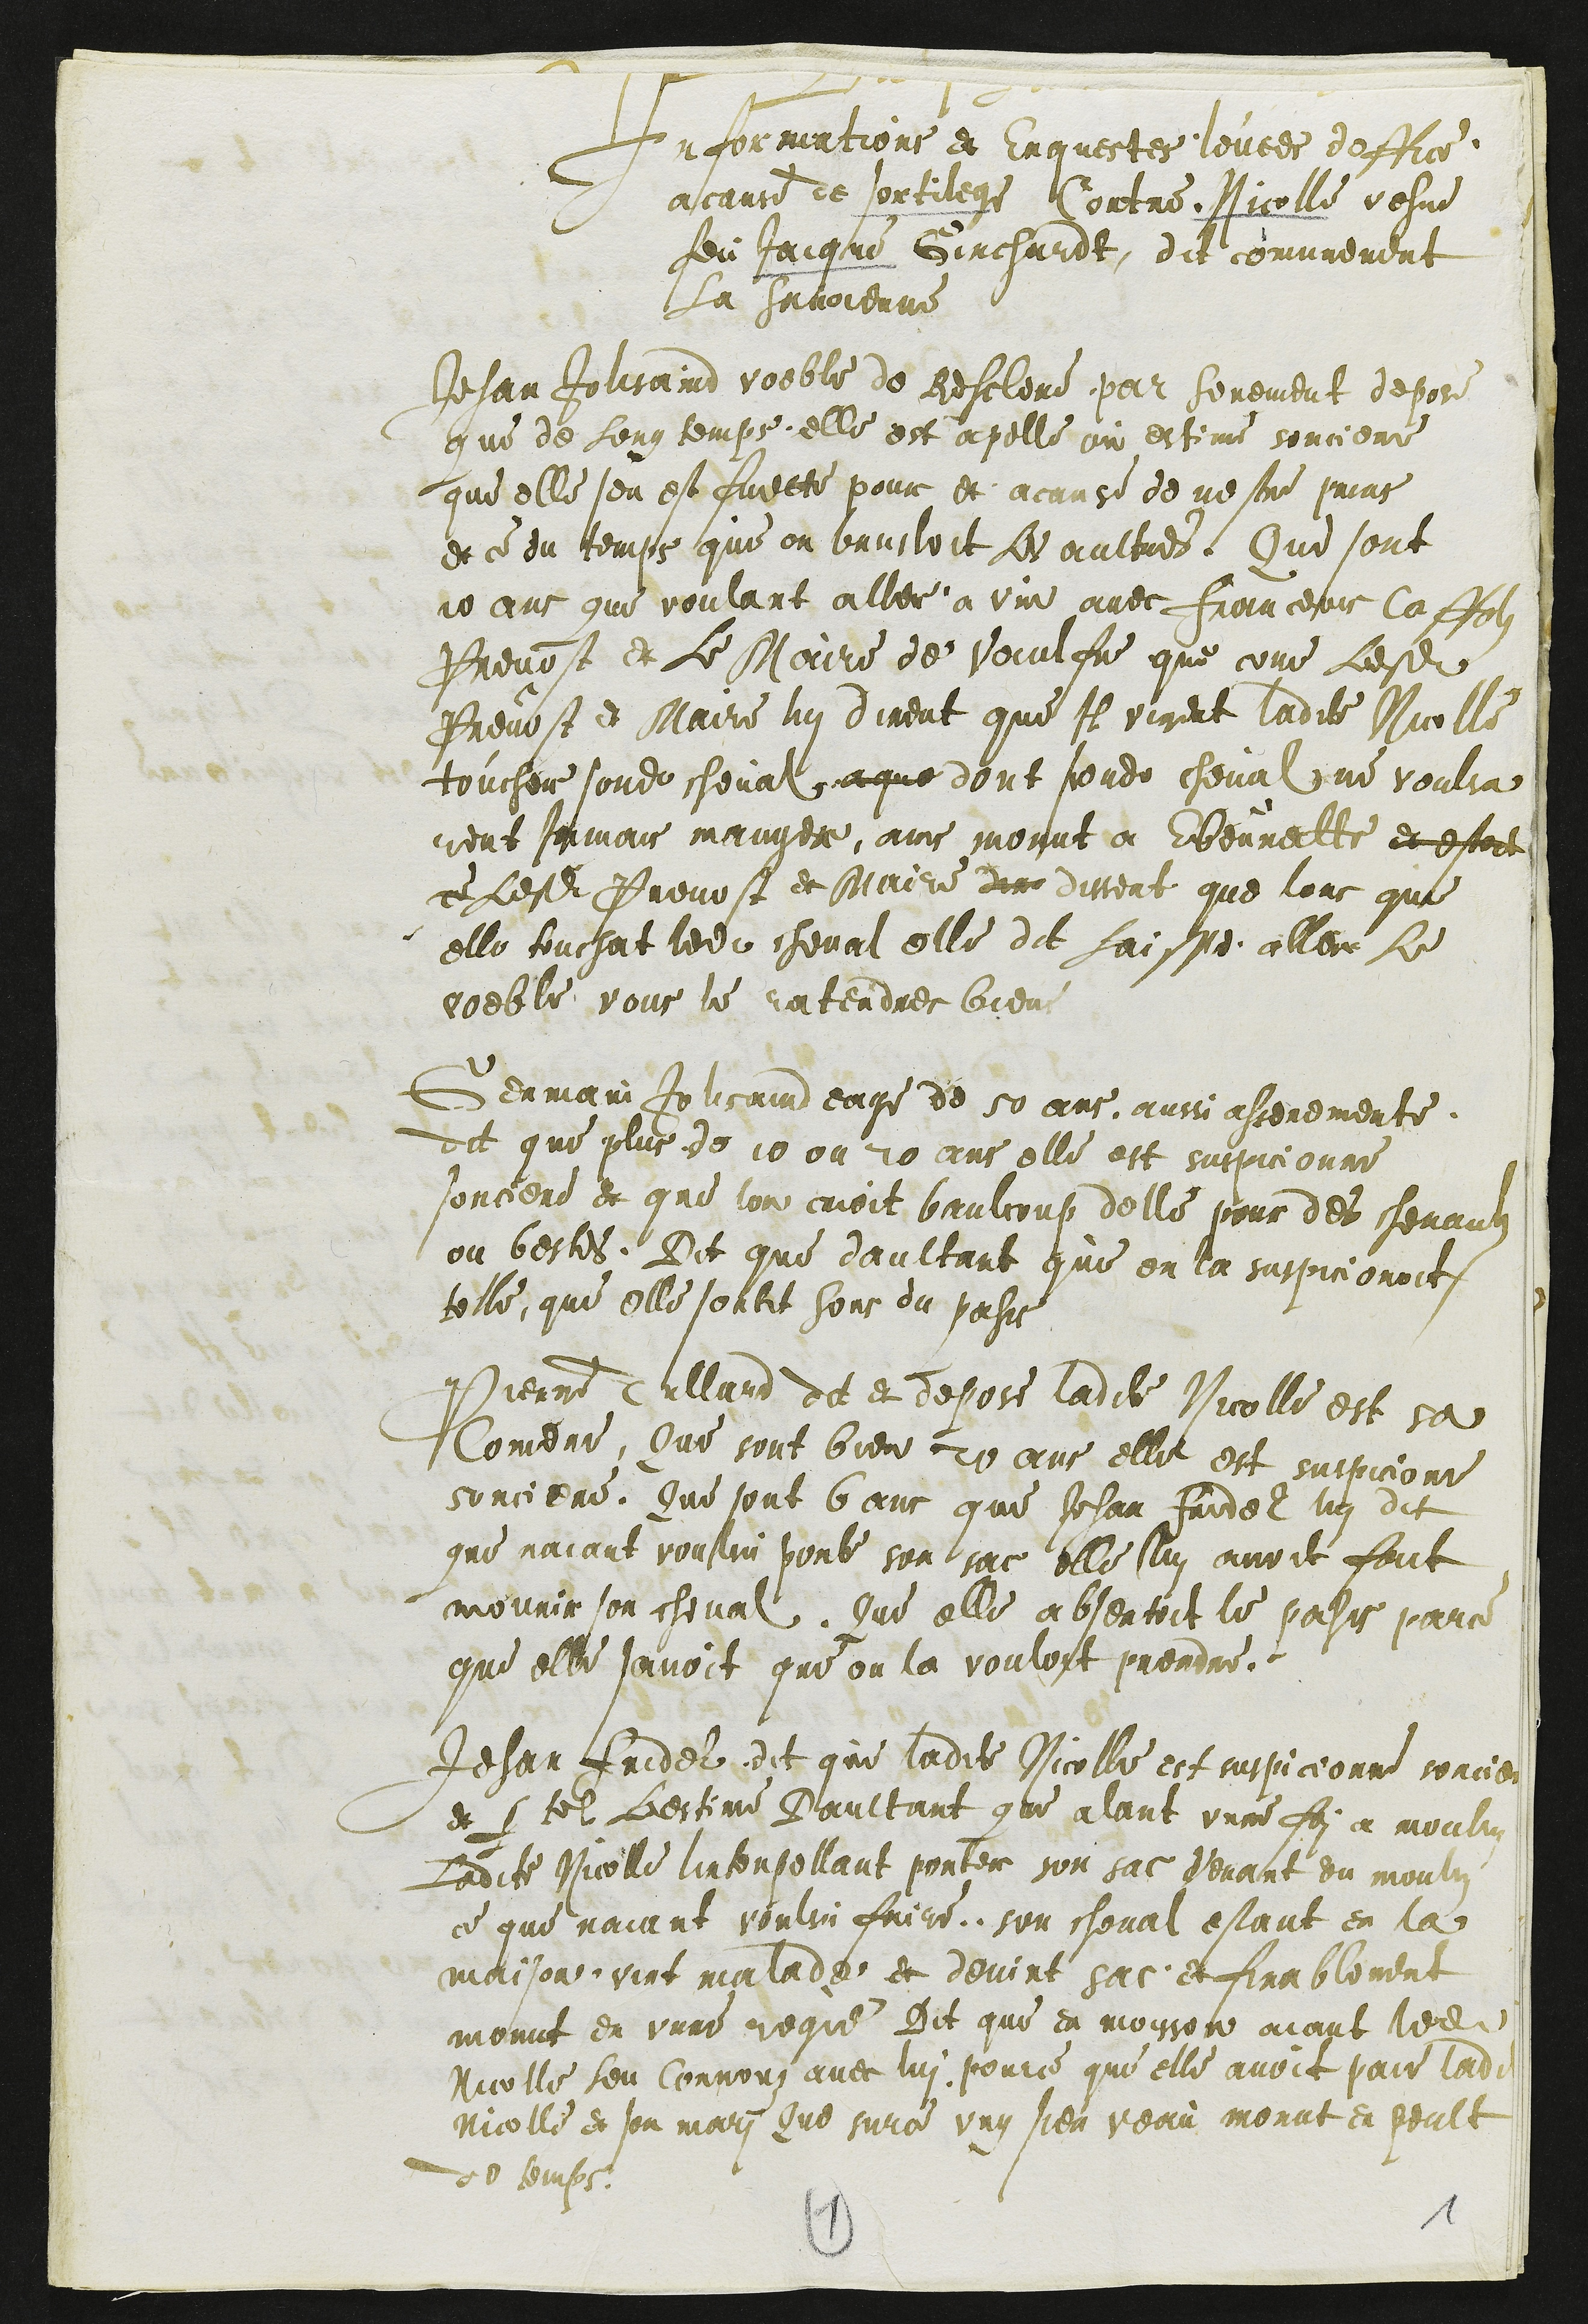
Informations et Enquestes levees doffice
a cause de sortilege Contre Nicolle vesve
feu Jacque Ginchardt, dit comunement
La Savoienne
Jehan Jolisaind voeble de Resclere par serement depose
que de Long temps, elle est apelle ou estime sorciere
que elle sen est fuette pour et acause de nestre prins
et ce du temps que on brusloit Les aultres. Que sont
10 ans que voulant aller a vin avec franceois Caffols
Prevost et le Maire de Vaulfre que come Lesdits
Presvost et Maire lui dirent que Il virent ladite Nicolle
touchoie sondit cheval a que dont sondit cheval ne voulsa
rent Jamais manger, ains morut a Ebourette et estoit
ce Lesdits Prevost et Maire dire dissent que lors que
elle touchat ledit cheval elle dit Laisse aller Le
voeble vous le raterdres bien
Germain Jolisaind eage de 50 ans, aussi assermente
dit que plus de 10 ou 20 ans elle est suspicionne
sorciere et que lon croit baulcoup delle pour des chevaulz
ou bestes. Dit que daultant que on la suspicionoit
 telle, que elle sortit hors du pahis
Pierre Tullard dit et depose ladite Nicolle est sa
Comere, Que sont bien 20 ans elle est suspicione
sorciere. Que sont 6 ans que Jehan Fridel lui dit
que naiant voului porte son sac elle lui avoit fait
 mourir son cheval. Que elle absentoit le pahis parce
que elle savoit que on la vouloit prendre.
Jehan Fridel dit que ladite Nicolle est suspicionne sorciere
et pour tel Lestime Daultant que alant une foi a moulin
Ladite Nicolle l'interpellant porter son sac venant du moulin
ce que naiant voulsu faire.. son cheval estant en la
maison vint malade et devint sec et finablement
morut en unne regie Dit que es moisson aiant ladite
Nicolle heu Courouz avec lui pource que elle avoit paie ladite
Nicolle et son mari Que surce ung sien veau morut en peult
de temps.
1